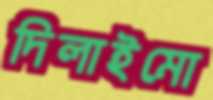
দিলাইমো